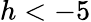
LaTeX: h<-5